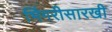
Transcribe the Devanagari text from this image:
भिंगरीसारखी